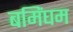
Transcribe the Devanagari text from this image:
बमिंघम